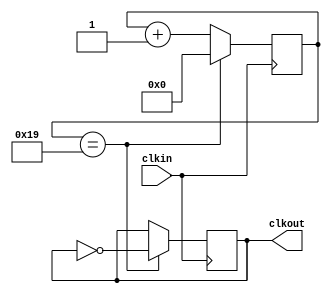
`timescale 1ns / 1ps
//////////////////////////////////////////////////////////////////////////////////
// Company: 
// Engineer: 
// 
// Design Name: 
// Module Name: Sim_Freq_divider
// Project Name: 
// Target Devices: 
// Tool Versions: 
// Description: 
// 
// Dependencies: 
// 
// Revision:
// Revision 0.01 - File Created
// Additional Comments:
// 
//////////////////////////////////////////////////////////////////////////////////


module Sim_Freq_divider(
    input clkin,
    output reg clkout = 0
    );
	
	reg [31:0] cnt = 32'd0;
	
	always @(posedge clkin) begin
	   if(cnt == 32'd25) begin // clk for testbench: x Hz / 50
			cnt <= 32'd0;
			clkout <= ~clkout;
		end else begin
			cnt <= cnt + 1;
		end
	end

endmodule